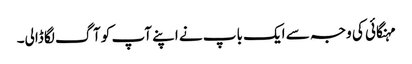
مہنگائی کی وجہ سے ایک باپ نے اپنے آپ کو آگ لگا ڈالی۔